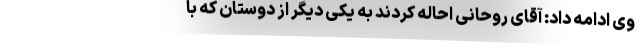
وی ادامه داد: آقای روحانی احاله کردند به یکی دیگر از دوستان که با